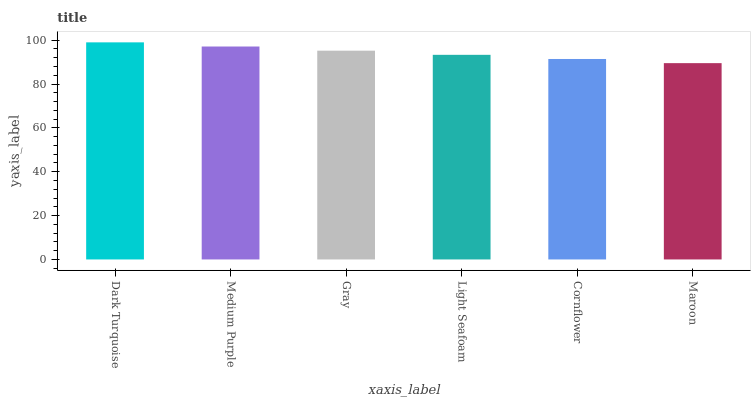
| xaxis_label | bars |
 | --- | --- |
 | Dark Turquoise | 99 |
 | Medium Purple | 97.1 |
 | Gray | 95.2 |
 | Light Seafoam | 93.3 |
 | Cornflower | 91.4 |
 | Maroon | 89.5 |